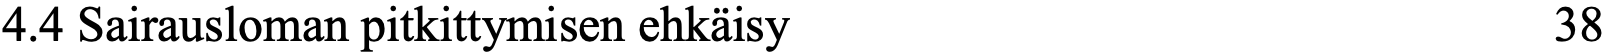
4.4 Sairausloman pitkittymisen ehkäisy              38